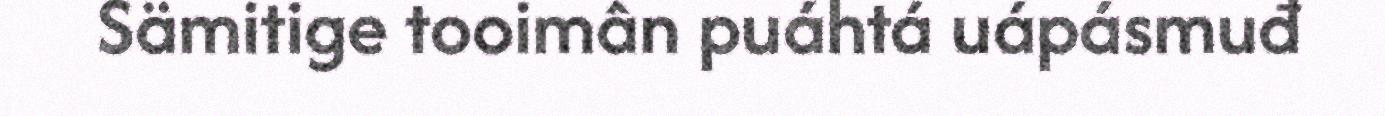
Sämitige tooimân puáhtá uápásmuđ